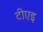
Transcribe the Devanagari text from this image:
टीएइ